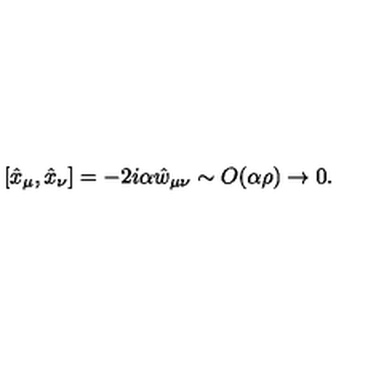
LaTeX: [ \hat { x } _ { \mu } , \hat { x } _ { \nu } ] = - 2 i \alpha \hat { w } _ { \mu \nu } \sim O ( \alpha \rho ) \rightarrow 0 .